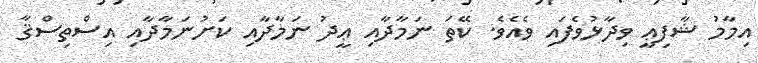
އިމާމު ޝާފިޢީ ވިދާޅުވެފައި ވެއެވެ. ކޭތަ ނަމާދާއި ޢީދު ނަމާދާއި ކަށުނަމާދާއި އިސްތިސްޤާ